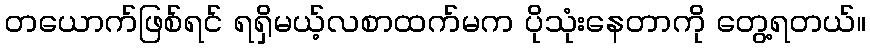
တယောက်ဖြစ်ရင် ရရှိမယ့်လစာထက်မက ပိုသုံးနေတာကို တွေ့ရတယ်။